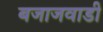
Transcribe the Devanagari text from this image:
बजाजवाडी